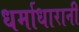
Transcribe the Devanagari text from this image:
धर्माधारानी